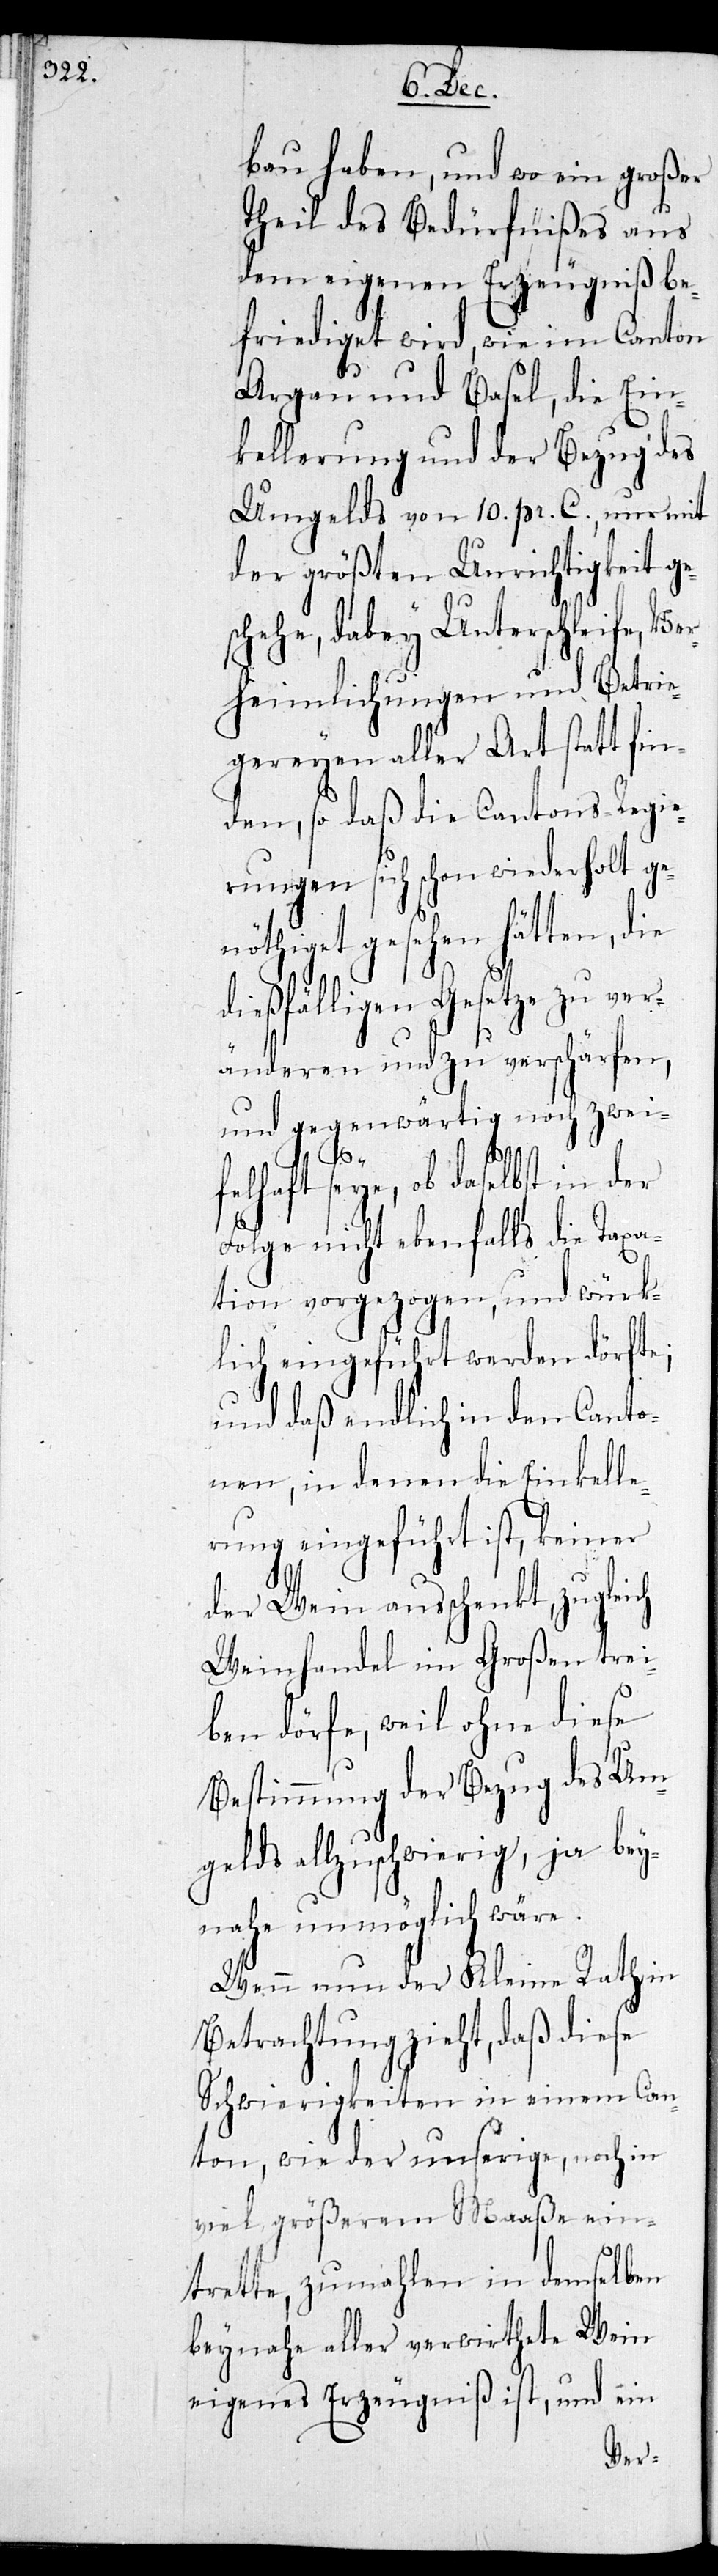
bau haben, und wo ein großer
Theil des Bedürfnißes aus
dem eigenen Erzeugniß be¬
friediget wird, wie im Canton
Aargau und Basel, die Ein¬
kellerung und der Bezug des
Umgelds von 10 pr. C., nur mit
der größten Unrichtigkeit ge¬
schehe, dabey Unterschleife, Ve¬
rheimlichungen und Betrü¬
gereyen aller Art Statt fin¬
den, so daß die Cantons-Regie¬
rungen sich schon wiederholt ge¬
nöthiget gesehen hätten, die
dießfälligen Gesetze zu ver¬
änderen und zu verschärfen,
und gegenwärtig noch zwei¬
den
felhaft seye, ob daselbst
roßen
Folge nicht ebenfal¬
tion vorgezogen, und würk¬
dörfte;
lich eingeführt we¬
Canto¬
und daß endlich in
lle¬
nen, in denen die
ner
rung eingeführt
elds
der Wein ausschen¬
trei¬
Weinhandel im G¬
diese
ben dörfe, weil ohne
Bestimmung der Bezug des Umg¬
bey¬
allzu schwierig,
nahe unmöglich wäre.
Wenn nun der Kleine Rath in
Betrachtung zieht, daß diese
Schwierigkeiten in einem Can¬
ton, wie der unserige, noch in
viel größerem Maaße ein¬
trette, zumahlen in demselben
beynahe aller verwirthete Wein
eigenes Erzeugniß ist, und ein